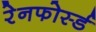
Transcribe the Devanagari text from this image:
रेनफोर्स्ड